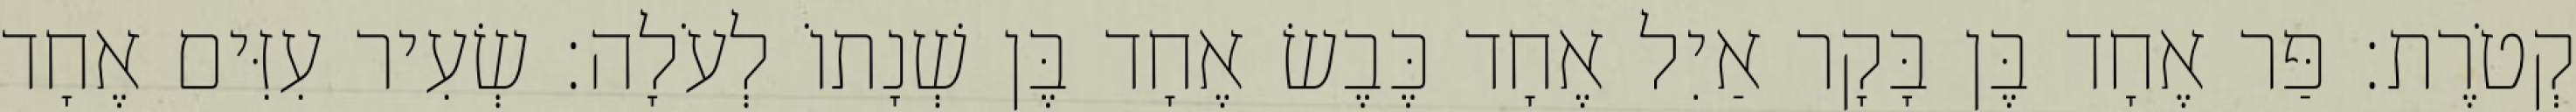
קְטֹרֶת׃ פַּר אֶחָד בֶּן בָּקָר אַיִל אֶחָד כֶּבֶשׂ אֶחָד בֶּן שְׁנָתוֹ לְעֹלָה׃ שְׂעִיר עִזִּים אֶחָד